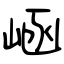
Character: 崡